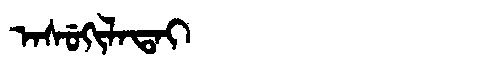
Manchu: ᠠᠰᡠᡴᡳᠯᠠᡨᠠᡳ
Romanization: ASUKILATAI